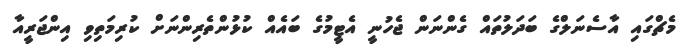
މެޗްގައި އާސެނަލްގެ ބަދަލުތައް ގެންނަން ޖެހުނީ އެޓީމުގެ ބައެއް ކުޅުންތެރިންނަށް ކުރިމަތިވި އިންޖަރީއާ